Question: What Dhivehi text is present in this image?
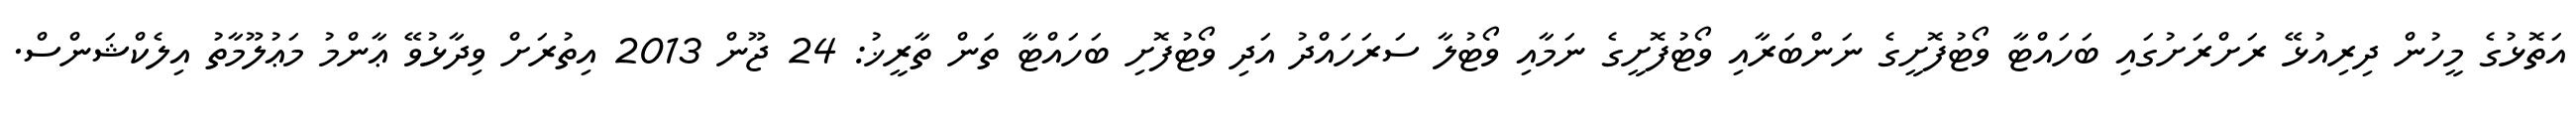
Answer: އަތޮޅުގެ މީހުން ދިރިއުޅޭ ރަށްރަށުގައި ބަހައްޓާ ވޯޓުފޮށީގެ ނަންބަރާއި ވޯޓުފޮށީގެ ނަމާއި ވޯޓުލާ ސަރަހައްދު އަދި ވޯޓުފޮށި ބަހައްޓާ ތަން ތާރީޚު: 24 ޖޫން 2013 އިތުރަށް ވިދާޅުވޭ ޢާންމު މަޢުލޫމާތު އިލެކްޝަންސް.